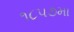
૧૮૫૭મા